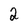
Character: 2